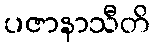
ပဇာနာသီတိ